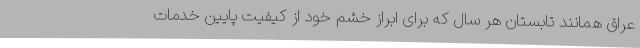
عراق همانند تابستان هر سال که برای ابراز خشم خود از کیفیت پایین خدمات